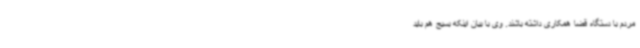
مردم با دستگاه قضا همکاری داشته باشند. وی با بیان اینکه بسیج هم باید